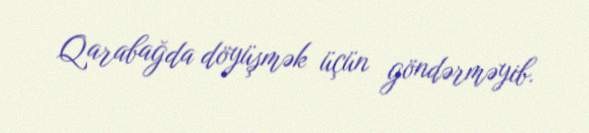
Qarabağda döyüşmək üçün göndərməyib.